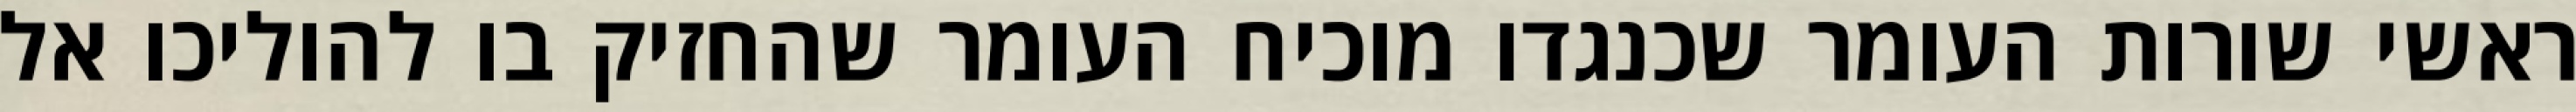
ראשי שורות העומר שכנגדו מוכיח העומר שהחזיק בו להוליכו אל